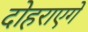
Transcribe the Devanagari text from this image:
दोहराएगें